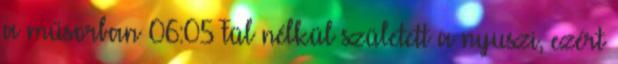
a műsorban 06:05 Fül nélkül született a nyuszi, ezért